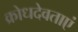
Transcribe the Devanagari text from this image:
क्रोधदेवताएं